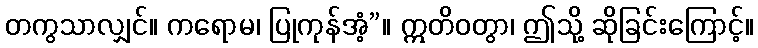
တကွသာလျှင်။ ကရောမ၊ ပြုကုန်အံ့”။ ဣတိဝတွာ၊ ဤသို့ ဆိုခြင်းကြောင့်။